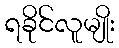
ရခိုင်လူမျိုး